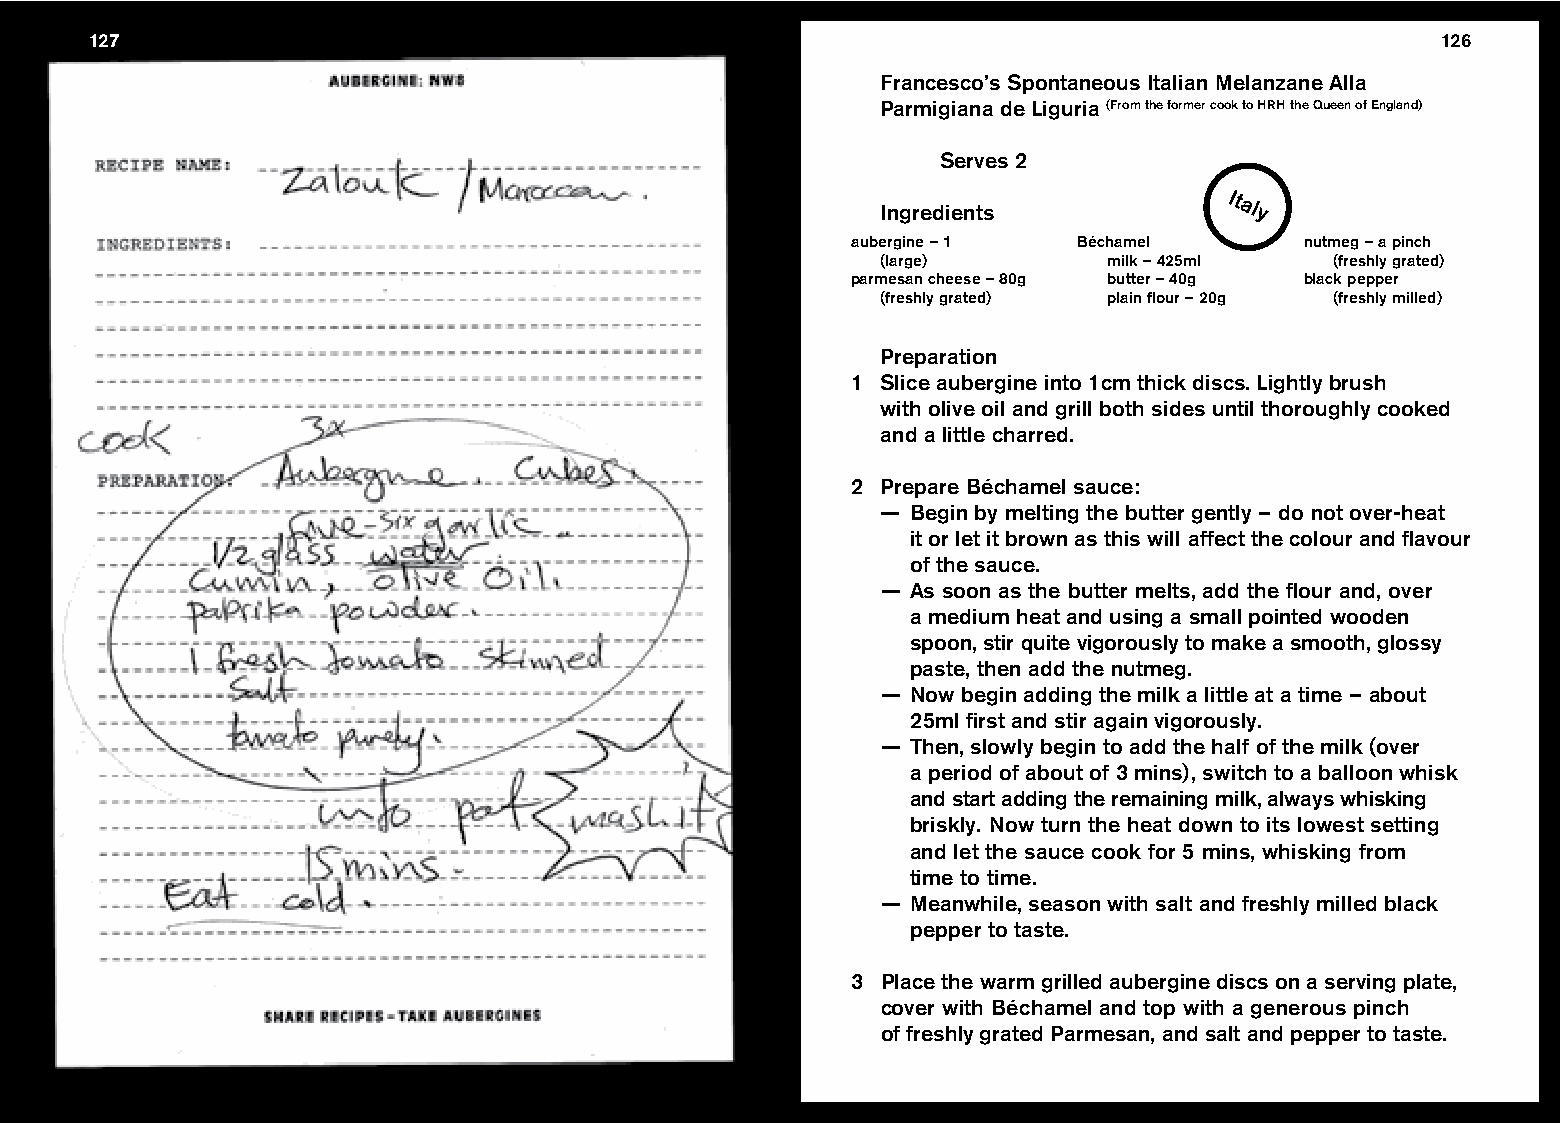
127                                                                                      126
 Francesco’s Spontaneous Italian Melanzane Alla
 Parmigiana de Liguria (From the former cook to HRH the Queen of England)
 Serves 2
 Ingredients
 Italy
 aubergine – 1  Béchamel       nutmeg – a pinch
 (large)        milk – 425ml   (freshly grated)
 parmesan cheese – 80g butter – 40g black pepper
 (freshly grated) plain flour – 20g (freshly milled)
 Preparation
 1 Slice aubergine into 1cm thick discs. Lightly brush
 with olive oil and grill both sides until thoroughly cooked
 and a little charred.
 2 Prepare Béchamel sauce:
 — Begin by melting the butter gently – do not over-heat
 it or let it brown as this will affect the colour and flavour
 of the sauce.
 — As soon as the butter melts, add the flour and, over
 a medium heat and using a small pointed wooden
 spoon, stir quite vigorously to make a smooth, glossy
 paste, then add the nutmeg.
 — Now begin adding the milk a little at a time – about
 25ml first and stir again vigorously.
 — Then, slowly begin to add the half of the milk (over
 a period of about of 3 mins), switch to a balloon whisk
 and start adding the remaining milk, always whisking
 briskly. Now turn the heat down to its lowest setting
 and let the sauce cook for 5 mins, whisking from
 time to time.
 — Meanwhile, season with salt and freshly milled black
 pepper to taste.
 3 Place the warm grilled aubergine discs on a serving plate,
 cover with Béchamel and top with a generous pinch
 of freshly grated Parmesan, and salt and pepper to taste.